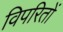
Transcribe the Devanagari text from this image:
विपरितों